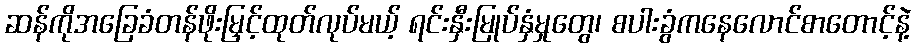
ဆန်ကိုအခြေခံတန်ဖိုးမြှင့်ထုတ်လုပ်မယ့် ရင်းနှီးမြုပ်နှံမှုတွေ၊ စပါးခွံကနေလောင်စာတောင့်နဲ့